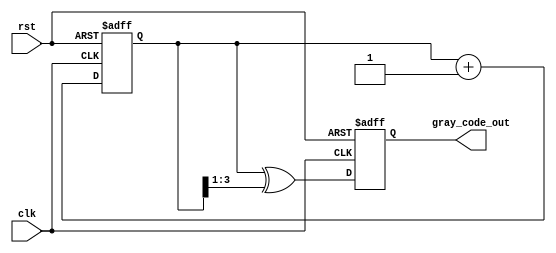
module gray_code_counter (
    input wire clk,          // Clock signal
    input wire rst,          // Asynchronous reset signal
    output reg [N-1:0] gray_code_out // Output: Current Gray code value
);
    parameter N = 4; // Number of bits for the counter

    // Internal binary counter
    reg [N-1:0] binary_count;

    // Function to convert binary to Gray code
    function [N-1:0] binary_to_gray;
        input [N-1:0] binary;
        begin
            binary_to_gray = binary ^ (binary >> 1);
        end
    endfunction

    // Asynchronous reset and clock-driven state update
    always @(posedge clk or posedge rst) begin
        if (rst) begin
            // Reset to 0 in Gray code (which is 0 in binary)
            binary_count <= 0;
            gray_code_out <= binary_to_gray(0);
        end else begin
            // Increment binary count
            binary_count <= binary_count + 1;
            // Update gray code output
            gray_code_out <= binary_to_gray(binary_count);
        end
    end

endmodule